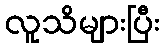
လူသိများပြီး